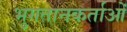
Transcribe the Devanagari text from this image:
भुगतानकर्ताओं